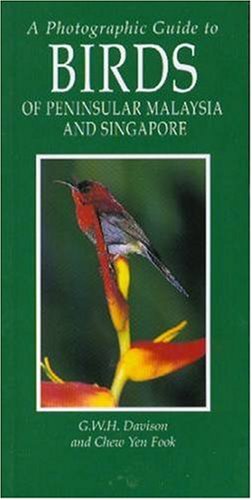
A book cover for A Photographic Guide to Birds of Peninsular Malaysia and Singapore; G. w. h. Davison; Travel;